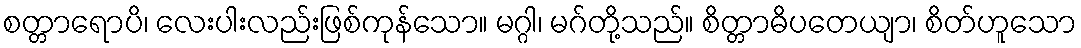
စတ္တာရောပိ၊ လေးပါးလည်းဖြစ်ကုန်သော။ မဂ္ဂါ၊ မဂ်တို့သည်။ စိတ္တာဓိပတေယျာ၊ စိတ်ဟူသော